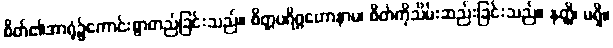
စိတ်၏အာရုံ၌ကောင်းစွာတည်ခြင်းသည်။ စိတ္တပရိဂ္ဂဟောနာမ၊ စိတ်ကိုသိမ်းဆည်းခြင်းသည်။ နတ္ထိ၊ မရှိ။